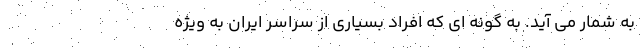
به شمار می آید. به گونه ای که افراد بسیاری از سراسر ایران به ویژه